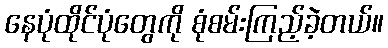
နေပုံထိုင်ပုံတွေကို စုံစမ်းကြည့်ခဲ့တယ်။